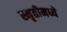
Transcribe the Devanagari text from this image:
स्मृतीमध्ये